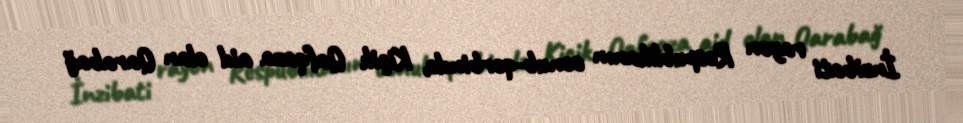
İnzibati rayon Respublikanın cənub-qərbində, Kiçik Qafqaza aid olan Qarabağ